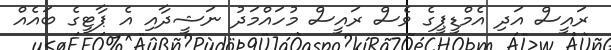
ރައީސް އަދި އެމްޑީޕީގެ ވެސް ރައީސް މުހައްމަދު ނަޝީދާއި އެ ޕާޓީގެ ބައެއް